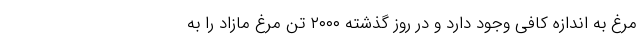
مرغ به اندازه کافی وجود دارد و در روز گذشته ۲۰۰۰ تن مرغ مازاد را به